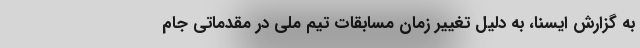
به گزارش ایسنا، به دلیل تغییر زمان مسابقات تیم ملی در مقدماتی جام